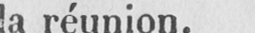
la réunion.